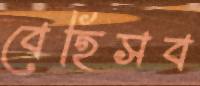
বেহিসব